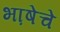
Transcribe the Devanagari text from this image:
भा़षेचे